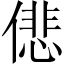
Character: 𠎩